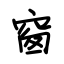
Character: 窗